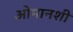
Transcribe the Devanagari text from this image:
ओमानशी